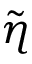
\Tilde { \eta }